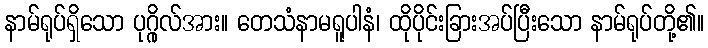
နာမ်ရုပ်ရှိသော ပုဂ္ဂိုလ်အား။ တေသံနာမရူပါနံ၊ ထိုပိုင်းခြားအပ်ပြီးသော နာမ်ရုပ်တို့၏။